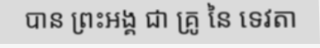
បាន ព្រះអង្គ ជា គ្រូ នៃ ទេវតា